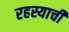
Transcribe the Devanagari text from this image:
रहस्याची